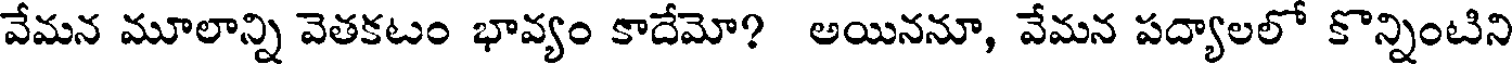
వేమన మూలాన్ని వెతకటం భావ్యం కాదేమో? అయిననూ, వేమన పద్యాలలో కొన్నింటిని